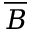
\overline { B }